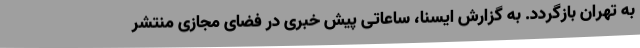
به تهران بازگردد. به گزارش ایسنا، ساعاتی پیش خبری در فضای مجازی منتشر